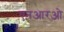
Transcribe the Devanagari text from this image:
एनआरओ